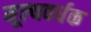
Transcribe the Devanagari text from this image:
मूल्यवर्धक